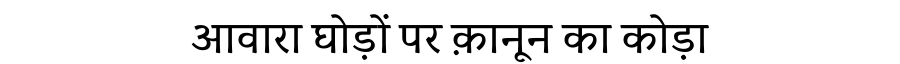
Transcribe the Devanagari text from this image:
आवारा घोड़ों पर क़ानून का कोड़ा